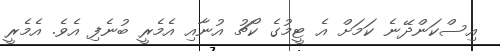
އިސްކަންދޭނެ ކަމަށް އެ ޓީމުގެ ކޯޗު އުނާއި އެމެރީ ބުނެފި އެވެ. އެމެރީ